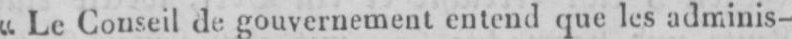
“Le Conseil de gouvernement entend que les adminis-